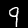
Digit: 9